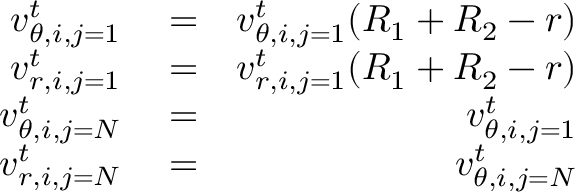
\begin{array} { r l r } { v _ { \theta , i , j = 1 } ^ { t } } & { { } = } & { v _ { \theta , i , j = 1 } ^ { t } ( R _ { 1 } + R _ { 2 } - r ) } \\ { v _ { r , i , j = 1 } ^ { t } } & { { } = } & { v _ { r , i , j = 1 } ^ { t } ( R _ { 1 } + R _ { 2 } - r ) } \\ { v _ { \theta , i , j = N } ^ { t } } & { { } = } & { v _ { \theta , i , j = 1 } ^ { t } } \\ { v _ { r , i , j = N } ^ { t } } & { { } = } & { v _ { \theta , i , j = N } ^ { t } } \end{array}